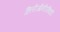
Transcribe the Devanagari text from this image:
हिलीऑनीरथिडी